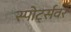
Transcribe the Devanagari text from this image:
स्पोर्ट्सवर